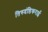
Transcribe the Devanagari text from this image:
तिरुदंडिकराई